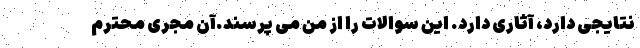
نتایجی دارد، آثاری دارد. این سوالات را از من می‌ پرسند.آن مجری محترم